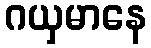
ဂယှမာနေ